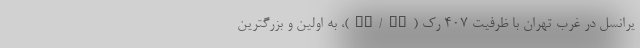
یرانسل در غرب تهران با ظرفیت ۴۰۷ رک (IT/CT)، به اولین و بزرگترین